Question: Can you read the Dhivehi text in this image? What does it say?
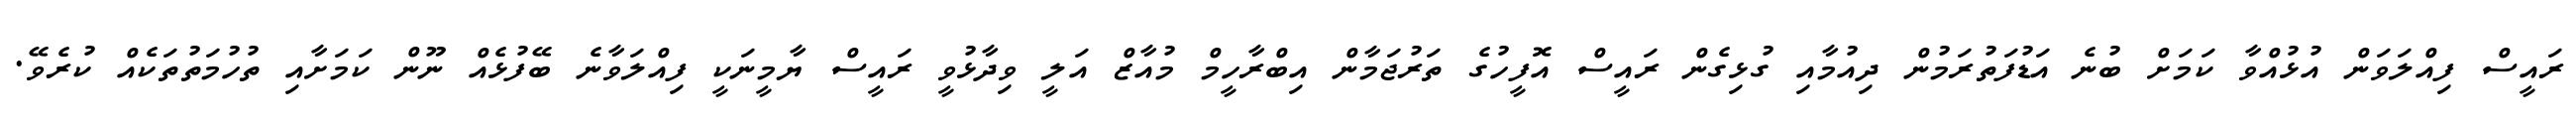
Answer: ރައީސް ފިއްލަވަން އުޅުއްވާ ކަމަށް ބުނެ އަޑުފަތުރަމުން ދިއުމާއި ގުޅިގެން ރައީސް އޮފީހުގެ ތަރުޖަމާން އިބްރާހީމް މުއާޒް އަލީ ވިދާޅުވީ ރައީސް ޔާމީނަކީ ފިއްލަވާނެ ބޭފުޅެއް ނޫން ކަމަށާއި ތުހުމަތުތަކެއް ކުރެވޭ.